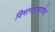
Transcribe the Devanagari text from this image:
विमानाप्रमाणेच